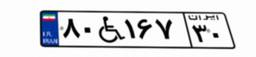
۸۰W۱۶۷۳۰